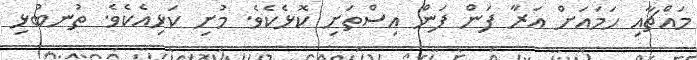
މައްޗާއި ހަމައަށް އަރާ ފަން ފަން އިސްތަށި ކޮޅެކެވެ. މުށި ކަޅިއެކެވެ. ތުނބުޅި